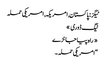
ٹیگز : پاکستان, امریکہ, امریکی حملہ
ٹیگ ڈوری »
« راہ پیا جانڑے
“امریکی حملہ ۔